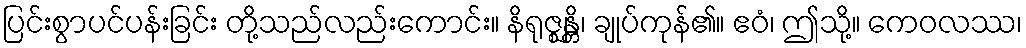
ပြင်းစွာပင်ပန်းခြင်း တို့သည်လည်းကောင်း။ နိရုဇ္ဈန္တိ၊ ချုပ်ကုန်၏။ ဧဝံ၊ ဤသို့။ ကေဝလဿ၊